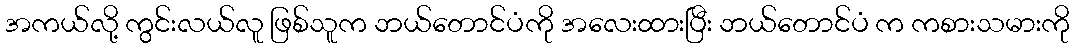
အကယ်လို့ ကွင်းလယ်လူ ဖြစ်သူက ဘယ်တောင်ပံကို အလေးထားပြီး ဘယ်တောင်ပံ က ကစားသမားကို